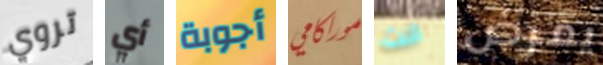
تروي أي أجوبة موراكامي انت يمرض